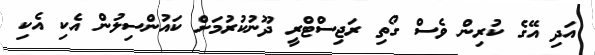
އަދި އޭގެ ކުރިން ވެސް ގޯތި ރަޖިސްޓްރީ ދޫނުކުރުމަށް ކައުންސިލުން އެކި އެކި